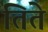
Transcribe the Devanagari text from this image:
तिते